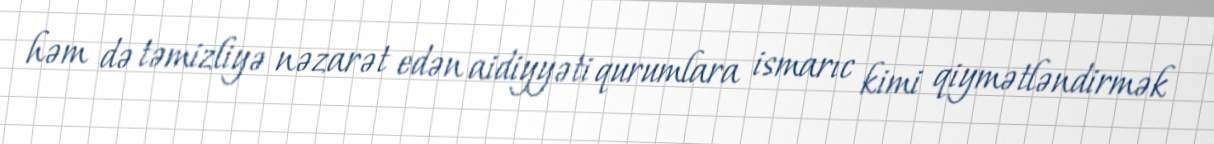
həm də təmizliyə nəzarət edən aidiyyəti qurumlara ismarıc kimi qiymətləndirmək